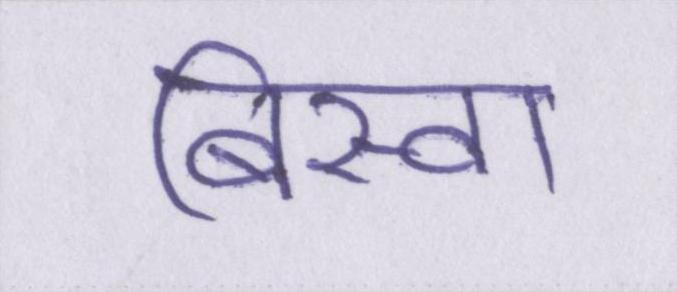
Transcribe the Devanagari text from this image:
बिस्वा